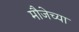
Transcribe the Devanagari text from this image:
मौजेच्या